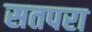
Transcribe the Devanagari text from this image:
सतपरा